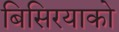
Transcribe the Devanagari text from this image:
बिसिरयाको